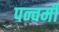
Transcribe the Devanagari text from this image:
पन्चमी